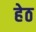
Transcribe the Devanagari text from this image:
हेठ